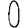
Digit: 0